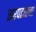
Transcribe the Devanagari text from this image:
सरपटताना